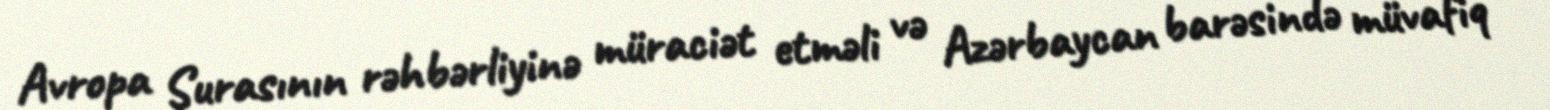
Avropa Şurasının rəhbərliyinə müraciət etməli və Azərbaycan barəsində müvafiq